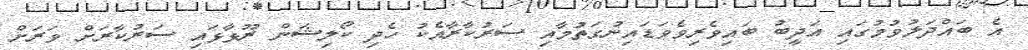
އެ ބައްދަލުވުމުގައި އަދީބު ބައިވެރިވެވަޑައިނުގަތުމާއި ސަރުކާރާއެކު ހެދި ކޯލިޝަން ރޫޅާޅައި ސަރުކާރަށް ވަރަށް